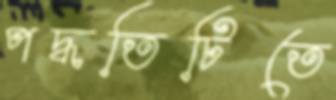
পদ্ধতিটিতে